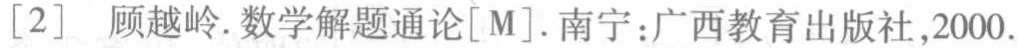
[2] 顾越岭. 数学解题通论[M]. 南宁：广西教育出版社,2000.